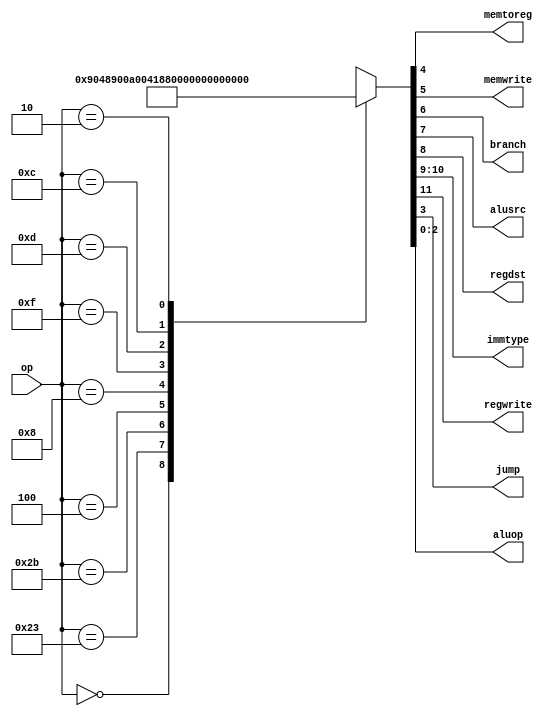
/*
 * From D. M. Harris and S. L. Harris, "Digital Design and Computer Architecture"
 */
`timescale 1ns / 1ps
module maindec(
    input [5:0] op,
    output memtoreg,
    output memwrite,
    output branch,
    output alusrc,
    output regdst,
    output [1:0] immtype,
    output regwrite,
    output jump,
    output [2:0] aluop
    );

   reg [11:0] 	 controls;
	
   assign { regwrite, immtype, regdst, alusrc, branch, memwrite,
	    memtoreg, jump, aluop } = controls;
				
   always @ (*)
     case (op)
       6'b000000: controls <= 12'b100100000100; //Rtype
       6'b100011: controls <= 12'b100010010000; //LW
       6'b101011: controls <= 12'b000010100000; //SW
       6'b000100: controls <= 12'b000001000001; //BEQ
       6'b001000: controls <= 12'b100010000000; //ADDI
       6'b001111: controls <= 12'b110010000011; //LUI
       6'b001101: controls <= 12'b101010000011; //ORI
       6'b001100: controls <= 12'b101010000010; //ANDI
       6'b000010: controls <= 12'b000000001000; //J
       default:   controls <= 12'bxxxxxxxxxxxx; //???
     endcase

endmodule




module aludec(
    input [5:0] funct,
    input [2:0] aluop,
    output reg [3:0] alucontrol
    );

   always @ (*)
     case (aluop)
       3'b000: alucontrol <= 4'b0010; // addition
       3'b001: alucontrol <= 4'b0110; // subtraction
       3'b011: alucontrol <= 4'b0001; // or
       3'b010: alucontrol <= 4'b0000; // and
       default: case (funct) // Rtype (aluop is 100)
		  	6'b100000: alucontrol <= 4'b0010; //ADD
		  	6'b100010: alucontrol <= 4'b0110; //SUB
		  	6'b100100: alucontrol <= 4'b0000; //AND
		  	6'b100101: alucontrol <= 4'b0001; //OR
		  	6'b101010: alucontrol <= 4'b0111; //SLT
		  	6'b100111: alucontrol <= 4'b1100; //NOR
		  default:   alucontrol <= 4'bxxxx; //???
		endcase
     endcase
endmodule








module controller(
    input [5:0] op,
    input [5:0] funct,
    input zero,
    output memtoreg,
    output memwrite,
    output pcsrc,
    output alusrc,
    output regdst,
    output [1:0] immtype, 
    output regwrite,
    output jump,
    output [3:0] alucontrol
    );

   wire [2:0] 	 aluop;
   wire 	 branch;
	
   maindec md (op, memtoreg, memwrite, branch, alusrc,
	       regdst, immtype, regwrite, jump, aluop);
   aludec ad (funct, aluop, alucontrol);
	
   assign pcsrc = branch & zero;
endmodule






module testcont;
   reg [5:0] op;
   reg [5:0] funct;
   reg 	     zero;
   wire      memtoreg, memwrite, pcsrc, alusrc, regdst, regwrite, jump;
   wire [1:0] immtype;
   wire [3:0] alucontrol;

   controller ctl(op, funct, zero, memtoreg, memwrite, pcsrc,
		  alusrc, regdst, immtype, regwrite, jump, alucontrol);

   initial begin
      $dumpfile("testcont.vcd");
      $dumpvars(0, testcont);
						  zero = 0;
                  op = 6'b100011;                     #1 //LW
                  op = 6'b101011;                     #1 //SW
                  op = 6'b000100;                     #1 //BEQ
                  op = 6'b001000;                     #1 //ADDI
                  op = 6'b001111;                     #1 //LUI
                  op = 6'b001101;                     #1 //ORI
                  op = 6'b001100;                     #1 //ANDI
                  op = 6'b000010;                     #1 //J
                  op = 0;         funct = 6'b100100;  #1 //ADDI
                  op = 0;         funct = 6'b100100;  #1 //AND h24
                  op = 0;         funct = 6'b100100;  #1 //AND h24
                  op = 0;         funct = 6'b100100;  #1 //AND h24
                  op = 0;         funct = 6'b100100;  #1 //AND h24
                  op = 0;         funct = 6'b100100;  #1 //AND h24
      $finish;
   end
endmodule // testcont